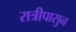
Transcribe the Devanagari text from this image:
रात्रीपासुन